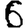
Digit: 6